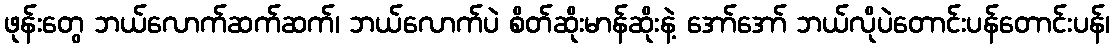
ဖုန်းတွေ ဘယ်လောက်ဆက်ဆက်၊ ဘယ်လောက်ပဲ စိတ်ဆိုးမာန်ဆိုးနဲ့ အော်အော် ဘယ်လိုပဲတောင်းပန်တောင်းပန်၊